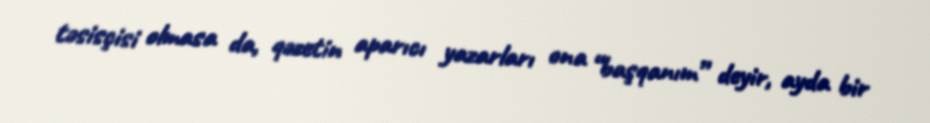
təsisçisi olmasa da, qəzetin aparıcı yazarları ona “başqanım” deyir, ayda bir